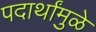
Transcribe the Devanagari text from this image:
पदार्थांमुळे